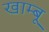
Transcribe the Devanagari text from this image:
खाम्बू